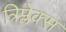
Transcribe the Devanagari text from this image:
त्रिप्लेक्स